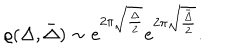
\varrho ( \Delta , \bar { \Delta } ) \sim e ^ { 2 \pi \sqrt { \frac { \Delta } { 2 } } } e ^ { 2 \pi \sqrt { \frac { \bar { \Delta } } { 2 } } } .